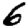
Digit: 6